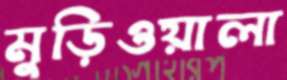
মুড়িওয়ালা